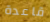
قاعدة